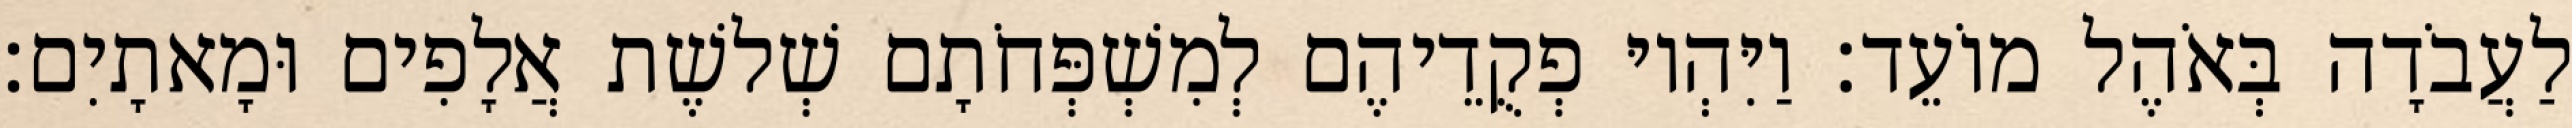
לַעֲבֹדָה בְּאֹהֶל מוֹעֵד׃ וַיִּהְיוּ פְקֻדֵיהֶם לְמִשְׁפְּחֹתָם שְׁלשֶׁת אֲלָפִים וּמָאתָיִם׃